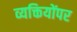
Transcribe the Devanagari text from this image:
व्यक्तियोंपर